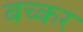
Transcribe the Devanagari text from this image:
बच्कर